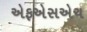
એફએસએચ